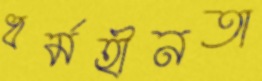
ধর্মহীনতা